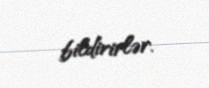
bildirirlər.